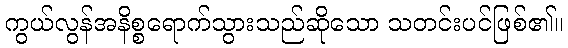
ကွယ်လွန်အနိစ္စရောက်သွားသည်ဆိုသော သတင်းပင်ဖြစ်၏။